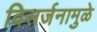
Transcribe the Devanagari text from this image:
विसर्जनामुळे